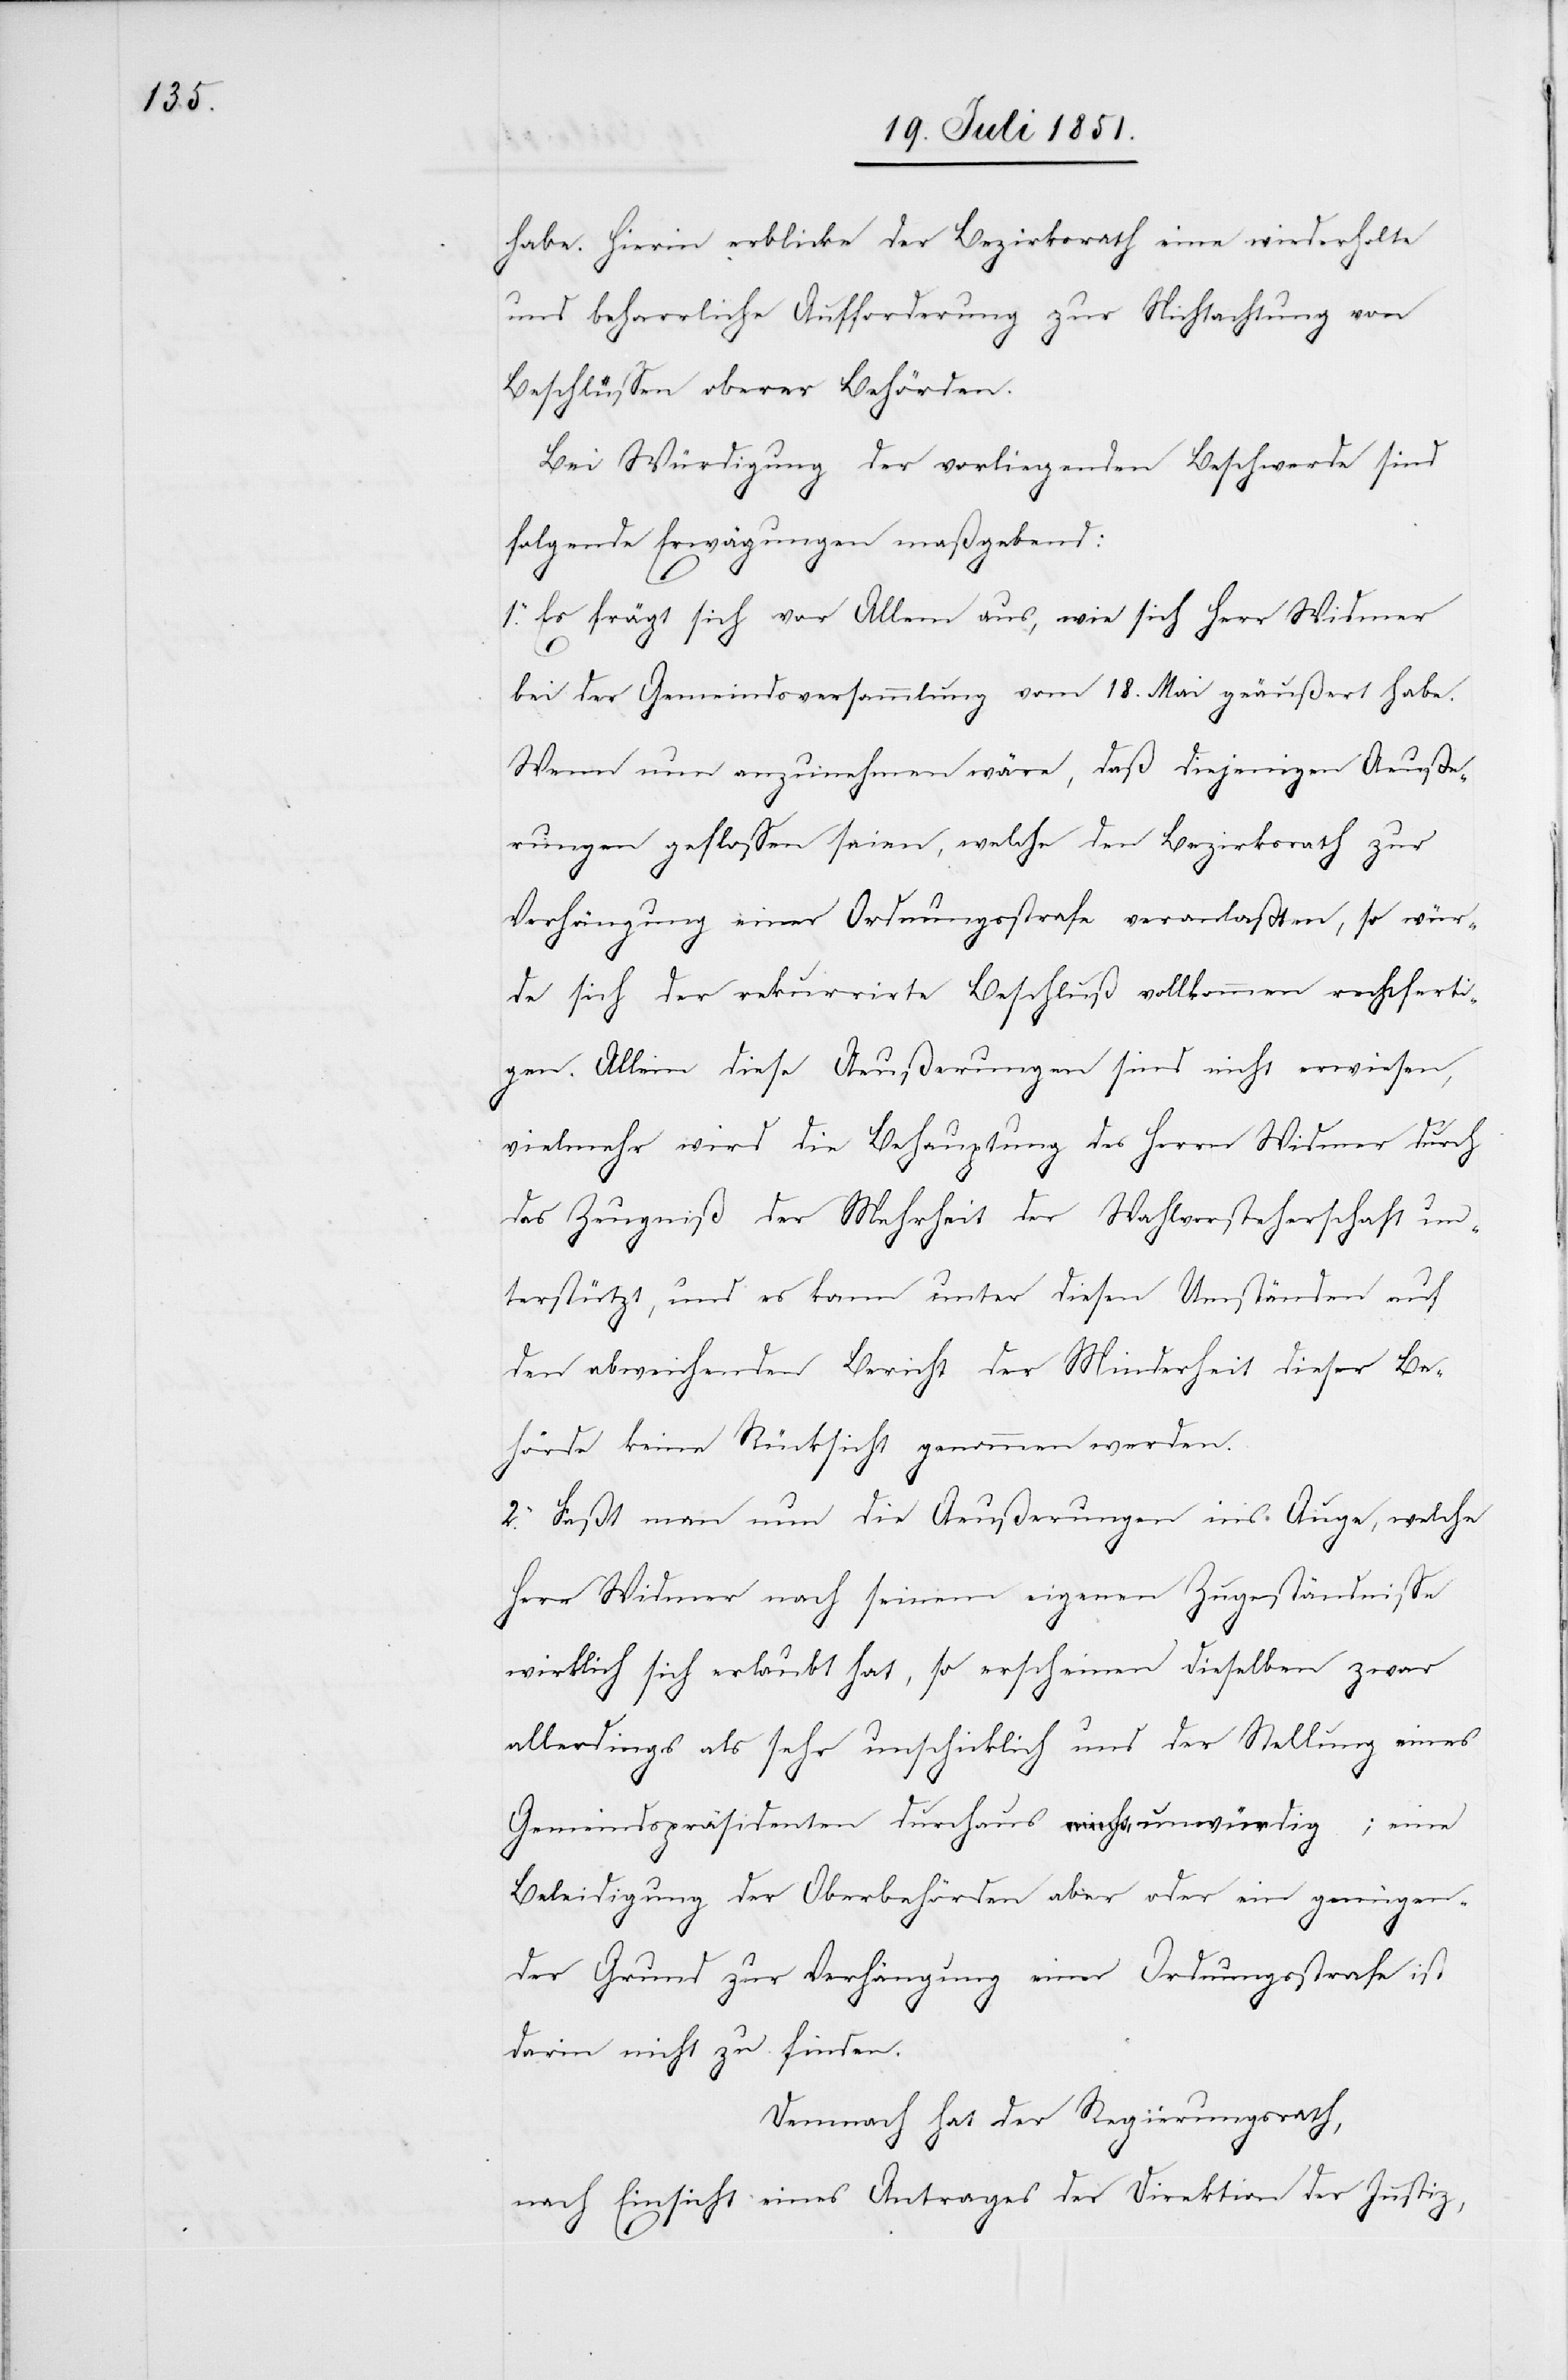
habe. Hierin erblicke der Bezirksrath eine wiederholte
und beharrliche Aufforderung zur Nichtachtung von
Beschlüssen oberer Behörden.
Bei Würdigung der vorliegenden Beschwerde sind
folgende Erwägungen maßgebend:
1. Es frägt sich vor Allem aus, wie sich Herr Widmer
bei der Gemeindsversammlung vom 18. Mai geäußert habe.
Wenn nun anzunehmen wäre, daß diejenigen Aeuße¬
rungen geflossen seien, welche den Bezirksrath zur
Verhängung einer Ordnungsstrafe veranlaßten, so wür¬
de sich der rekurrirte Beschluß vollkommen rechtferti¬
gen. Allein diese Aeußerungen sind nicht erwiesen,
vielmehr wird die Behauptung des Herrn Widmer durch
das Zeugniß der Mehrheit der Wahlvorsteherschaft un¬
terstützt, und es kann unter diesen Umständen auf
den abweichenden Bericht der Minderheit dieser Be¬
hörde keine Rücksicht genommen werden.
2. Faßt man nun die Aeußerungen ins Auge, welche
Herr Widmer nach seinem eigenen Zugeständnisse
wirklich sich erlaubt hat, so erscheinen dieselben zwar
allerdings als sehr unschicklich und der Stellung eines
Gemeindspräsidenten durchaus unwürdig; eine
Beleidigung der Oberbehörden aber oder ein genügen¬
der Grund zur Verhängung einer Ordnungsstrafe ist
darin nicht zu finden.
Demnach hat der Regierungsrath,
nach Einsicht eines Antrages der Direktion der Justiz,